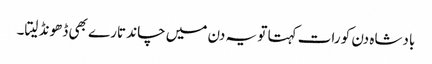
بادشاہ دن کو رات کہتا تو یہ دن میں چاند تارے بھی ڈھونڈ لیتا۔